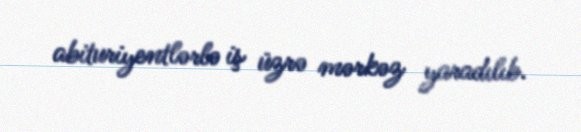
abituriyentlərlə iş üzrə mərkəz yaradılıb.